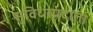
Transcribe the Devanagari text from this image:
सुविधाप्रदाता